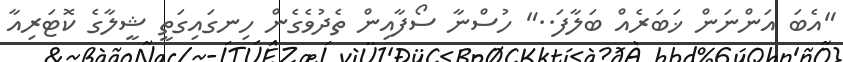
"އެބަ އަންނަން ޚަބަރެއް ބަލާފަ.." ހުސްނާ ސޯފާއިން ތެދުވެގެން ހިނގައިގަތީ ޝީލާގެ ކޮޓަރިއާ